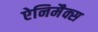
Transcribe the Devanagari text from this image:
ऐनिमैक्स